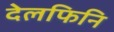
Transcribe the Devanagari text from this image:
देलफिनि